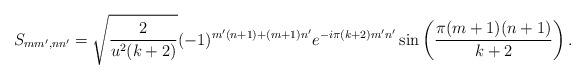
LaTeX: \begin{align*}S_{mm',nn'}=\sqrt{\frac{2}{u^2(k+2)}}(-1)^{m'(n +1)+(m+1)n'} e^{-i\pi (k+2)m'n'} \sin \left(\frac{\pi (m+1)(n +1)}{k+2}\right).\end{align*}